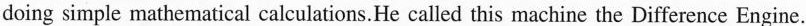
doing simple mathematical calculations. He called this machine the Difference Engine.